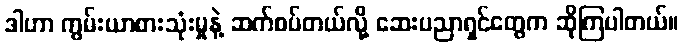
ဒါဟာ ကွမ်းယာစားသုံးမှုနဲ့ ဆက်စပ်တယ်လို့ ဆေးပညာရှင်တွေက ဆိုကြပါတယ်။